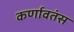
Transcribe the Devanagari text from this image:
कर्णावतंस